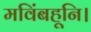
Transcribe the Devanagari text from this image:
मविंबहूनि।